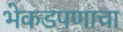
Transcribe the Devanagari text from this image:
भेकडपणाचा